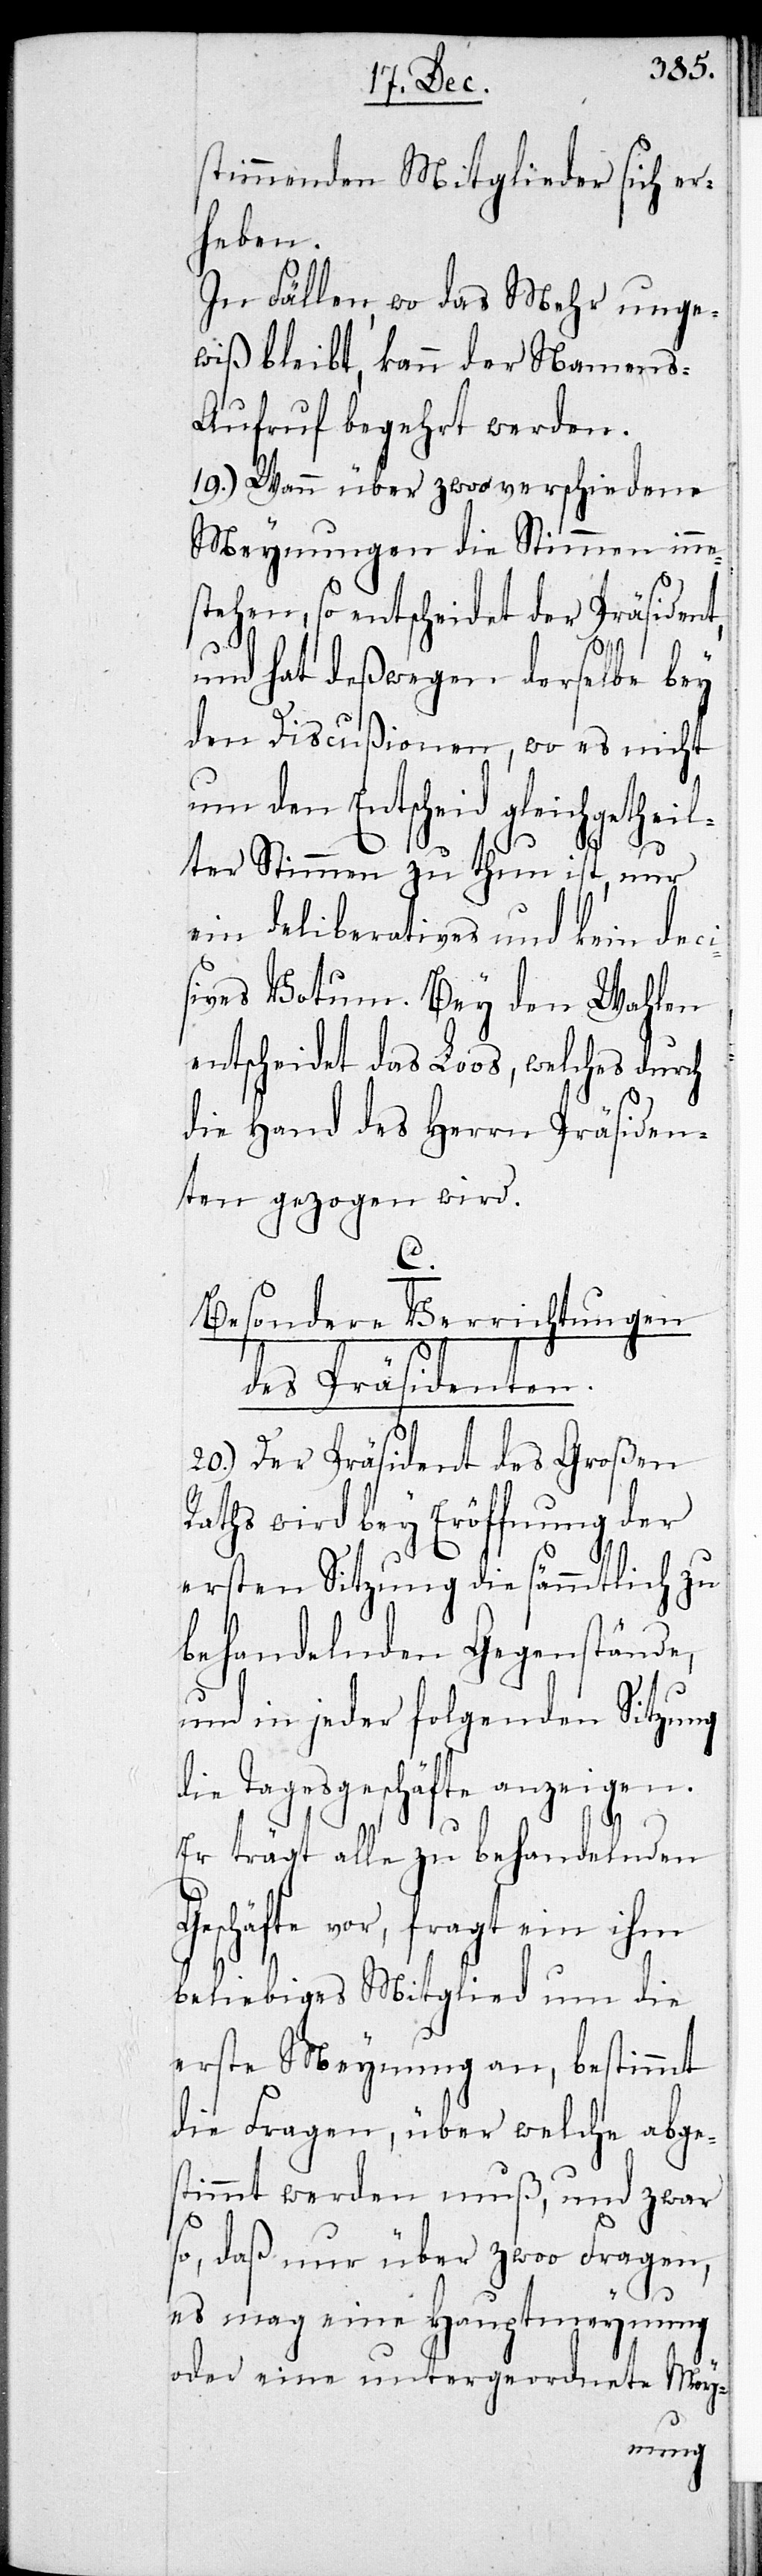
stimmenden Mitglieder sicher
heben.
In Fällen, wo das Mehr unge¬
wiß bleibt, kann der Namen¬
s-Aufruf begehrt werden.
19.) Wann über zwo verschiedene
Meynungen die Stimmen inne¬
stehen, so unterscheidet
und hat deswegen derselbe bey
den Discußionen, wo es nicht
um den Entscheid gleichgetheil¬
ter Stimmen zu thun ist, nur
ein deliberatives und kein deci¬
sives Votum. Bey den Wahlen
entscheidet das Loos, welches durch
die Hand des Herrn Präsiden¬
ten gezogen wird.
C.
Besondere Verrichtungen
des Präsidenten.
20.) Der Präsident des Großen
Raths wird bey Eröffnung der
ersten Sitzung die sämmtlich zu
behandelnden Gegenstände,
und in jeder folgenden Sitzung
die Tagesgeschäfte anzeigen.
Er trägt alle zu behandelnden
Geschäfte vor, fragt ein ihm
beliebiges Mitglied um die
erste Meynung an, bestimmt
die Fragen, über welche abge¬
stimmt werden muß, und zwar
so, daß nur über zwoo Fragen,
es mag eine Hauptmeynung
oder eine untergeordnete Mey-